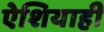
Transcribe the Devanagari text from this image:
ऐशियाही